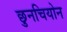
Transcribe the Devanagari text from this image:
छुनचियोन